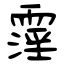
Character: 霪